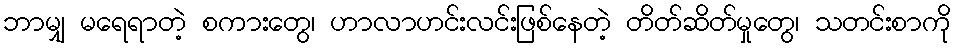
ဘာမျှ မရေရာတဲ့ စကားတွေ၊ ဟာလာဟင်းလင်းဖြစ်နေတဲ့ တိတ်ဆိတ်မှုတွေ၊ သတင်းစာကို